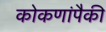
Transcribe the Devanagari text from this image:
कोकणांपैकी